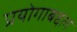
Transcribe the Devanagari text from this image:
प्रयोगाबद्दल